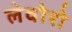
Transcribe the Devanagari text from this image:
लेवोरो